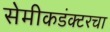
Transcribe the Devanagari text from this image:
सेमीकडंक्टरचा